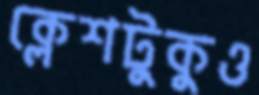
ক্লেশটুকুও